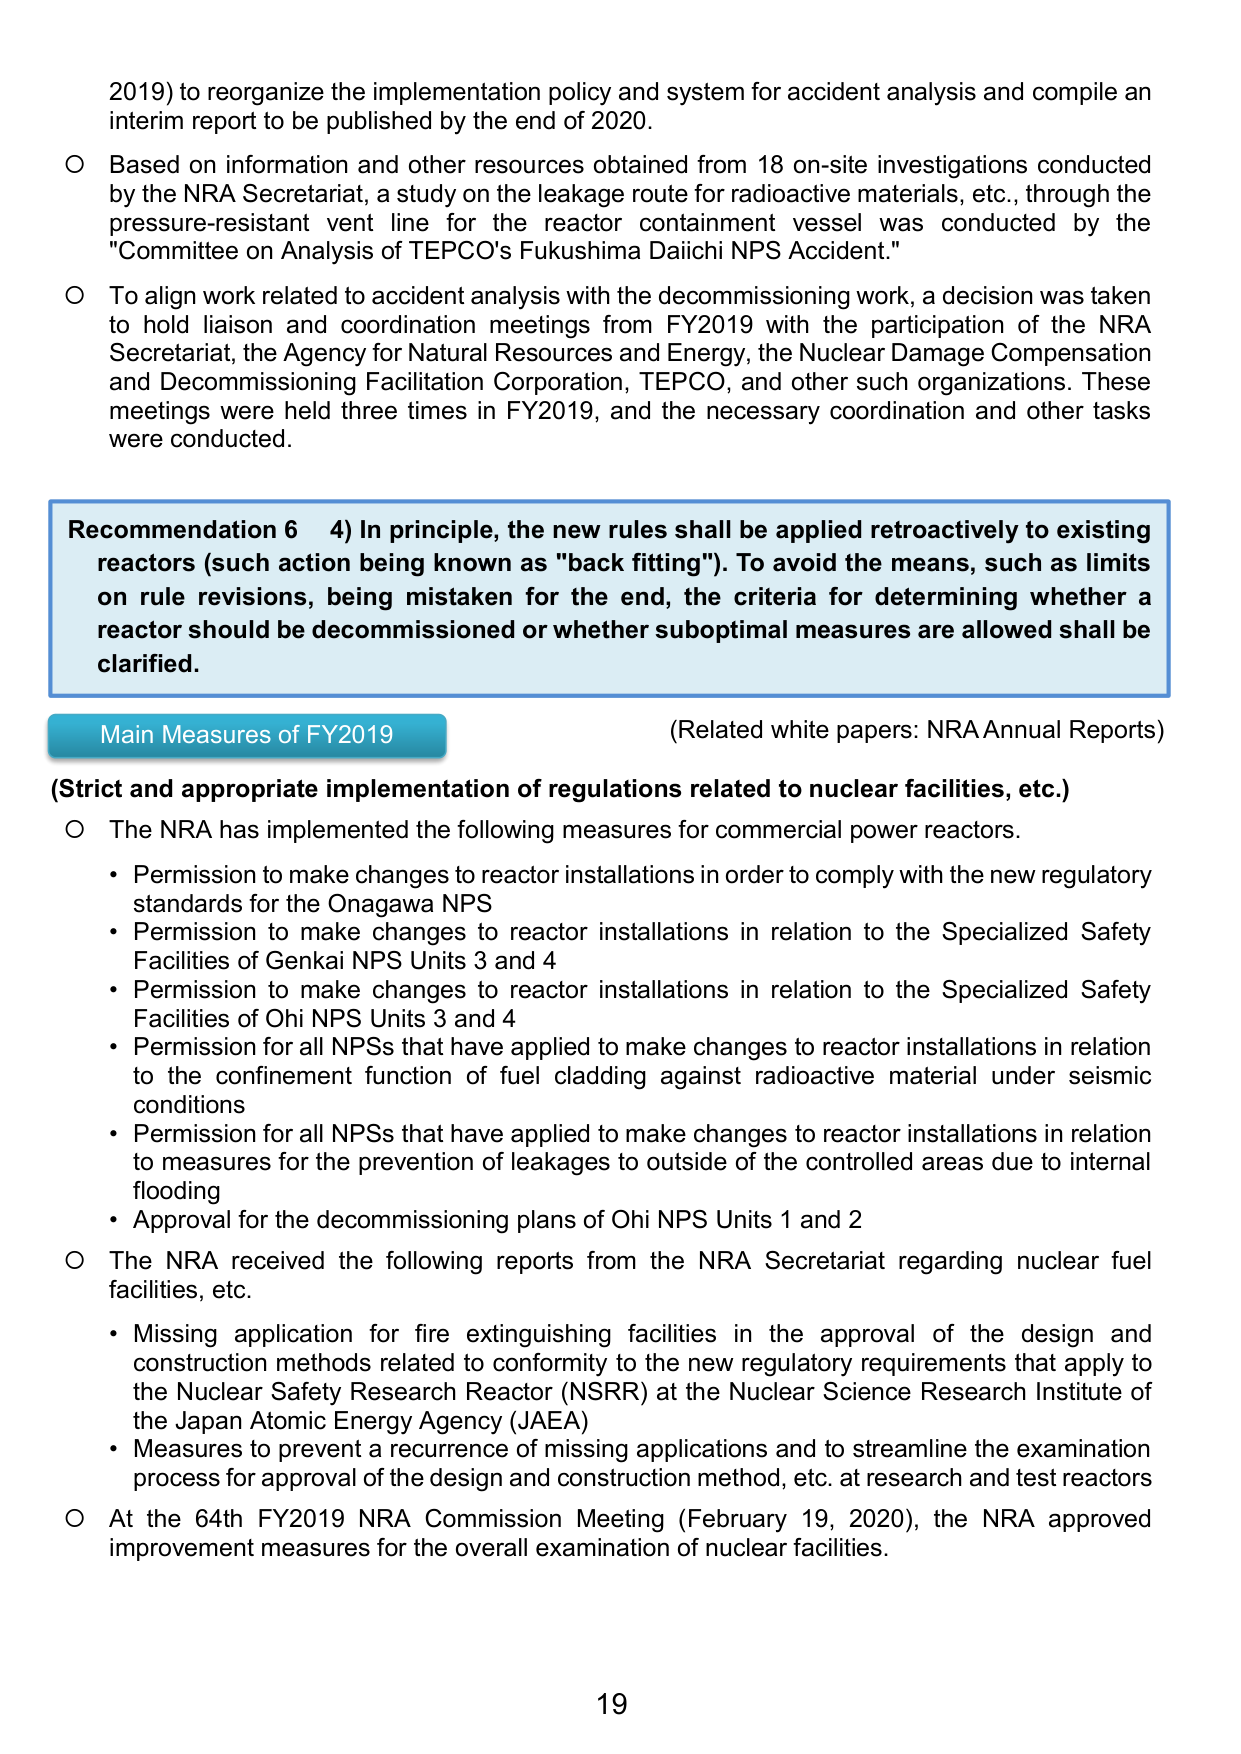
2019) to reorganize the implementation policy and system for accident analysis and compile an interim report to be published by the end of 2020.

○ Based on information and other resources obtained from 18 on-site investigations conducted by the NRA Secretariat, a study on the leakage route for radioactive materials, etc., through the pressure-resistant vent line for the reactor containment vessel was conducted by the "Committee on Analysis of TEPCO's Fukushima Daiichi NPS Accident."

○ To align work related to accident analysis with the decommissioning work, a decision was taken to hold liaison and coordination meetings from FY2019 with the participation of the NRA Secretariat, the Agency for Natural Resources and Energy, the Nuclear Damage Compensation and Decommissioning Facilitation Corporation, TEPCO, and other such organizations. These meetings were held three times in FY2019, and the necessary coordination and other tasks were conducted.

Recommendation 6 4) In principle, the new rules shall be applied retroactively to existing reactors (such action being known as "back fitting"). To avoid the means, such as limits on rule revisions, being mistaken for the end, the criteria for determining whether a reactor should be decommissioned or whether suboptimal measures are allowed shall be clarified.

Main Measures of FY2019 (Related white papers: NRA Annual Reports)

(Strict and appropriate implementation of regulations related to nuclear facilities, etc.)

○ The NRA has implemented the following measures for commercial power reactors.
• Permission to make changes to reactor installations in order to comply with the new regulatory standards for the Onagawa NPS
• Permission to make changes to reactor installations in relation to the Specialized Safety Facilities of Genkai NPS Units 3 and 4
• Permission to make changes to reactor installations in relation to the Specialized Safety Facilities of Ohi NPS Units 3 and 4
• Permission for all NPSs that have applied to make changes to reactor installations in relation to the confinement function of fuel cladding against radioactive material under seismic conditions
• Permission for all NPSs that have applied to make changes to reactor installations in relation to measures for the prevention of leakages to outside of the controlled areas due to internal flooding
• Approval for the decommissioning plans of Ohi NPS Units 1 and 2

○ The NRA received the following reports from the NRA Secretariat regarding nuclear fuel facilities, etc.
• Missing application for fire extinguishing facilities in the approval of the design and construction methods related to conformity to the new regulatory requirements that apply to the Nuclear Safety Research Reactor (NSRR) at the Nuclear Science Research Institute of the Japan Atomic Energy Agency (JAEA)
• Measures to prevent a recurrence of missing applications and to streamline the examination process for approval of the design and construction method, etc. at research and test reactors

○ At the 64th FY2019 NRA Commission Meeting (February 19, 2020), the NRA approved improvement measures for the overall examination of nuclear facilities.

19